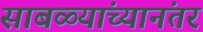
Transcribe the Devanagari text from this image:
साबळ्यांच्यानंतर